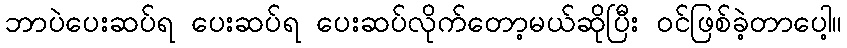
ဘာပဲပေးဆပ်ရ ပေးဆပ်ရ ပေးဆပ်လိုက်တော့မယ်ဆိုပြီး ဝင်ဖြစ်ခဲ့တာပေါ့။